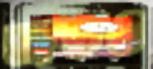
তাতও